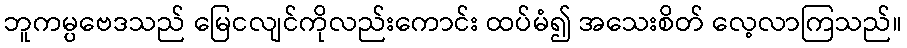
ဘူကမ္ပဗေဒသည် မြေငလျင်ကိုလည်းကောင်း ထပ်မံ၍ အသေးစိတ် လေ့လာကြသည်။